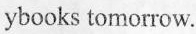
ybooks tomorrow.